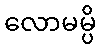
လောမမ္ပိ